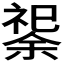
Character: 𫀟